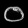
Digit: ၀